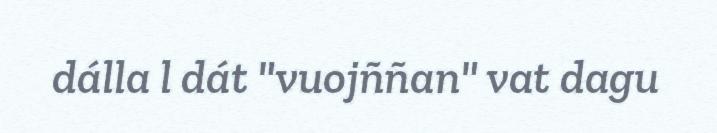
dálla l dát "vuojññan" vat dagu